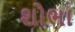
શોભા